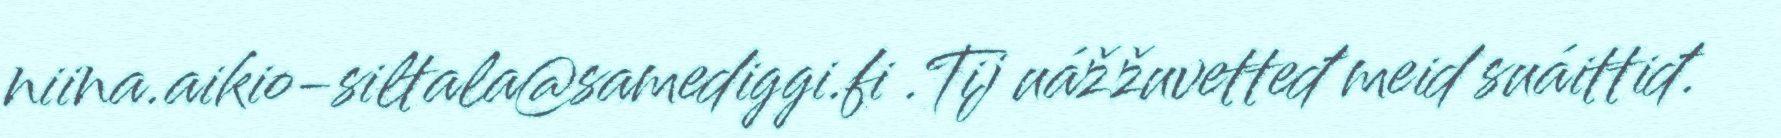
niina.aikio-siltala@samediggi.fi .Tij uážžuvetteđ meid suáittiđ.